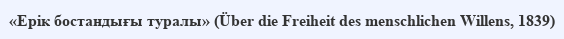
«Ерік бостандығы туралы» (Über die Freiheit des menschlichen Willens, 1839)